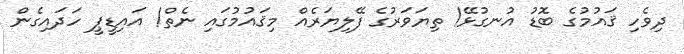
ދިވެހި ޤައުމުގެ ބޮޑު އުނގުޅޭ! ތިޔަވަރުގެ ފޭލިޔަރެއް މިޤައުމުގައި ނެތް! އައިޑީޕީ ހަދައިގެން